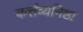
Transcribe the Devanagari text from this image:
कर्त्तव्यनिष्ठा